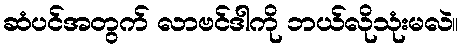
ဆံပင်အတွက် လာဗင်ဒါကို ဘယ်လိုသုံးမလဲ။